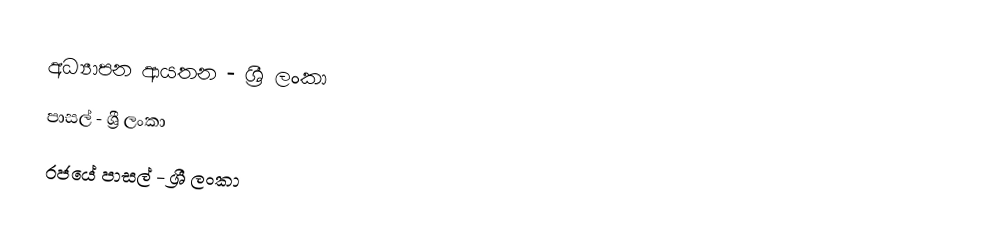
අධ්‍යාපන ආයතන - ශ්‍රී ලංකා
පාසල් - ශ්‍රී ලංකා
රජයේ පාසල් - ශ්‍රී ලංකා